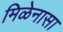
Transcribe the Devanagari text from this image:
मिळेनासा